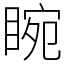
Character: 睕